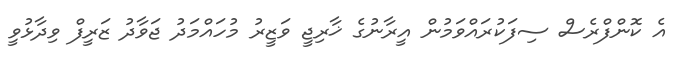
އެ ކޮންފްރެސް ސިފަކުރައްވަމުން އީރާނުގެ ޚާރިޖީ ވަޒީރު މުހައްމަދު ޖަވާދު ޒަރީފް ވިދާޅުވީ